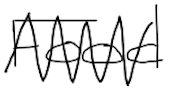
Text: Food
Cross-out: zig-zag
Writing tool: digital_black